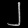
Digit: ၂